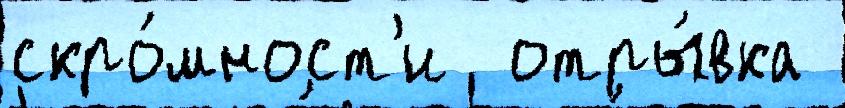
скро́мност'и  отры́вка